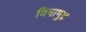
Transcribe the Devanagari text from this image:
विषाणुज्ञ